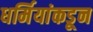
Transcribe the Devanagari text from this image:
धर्मियांकडून